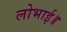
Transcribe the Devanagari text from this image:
लोभाई॥